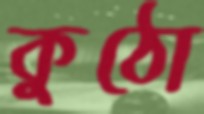
কুঠো